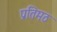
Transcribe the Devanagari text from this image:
प्रतिमठ